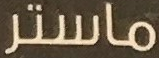
ماستر